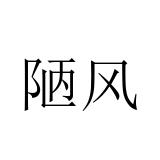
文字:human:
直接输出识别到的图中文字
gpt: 陋风